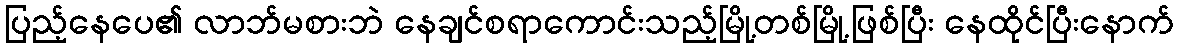
ပြည့်နေပေ၏ လာဘ်မစားဘဲ နေချင်စရာကောင်းသည့်မြို့တစ်မြို့ဖြစ်ပြီး နေထိုင်ပြီးနောက်